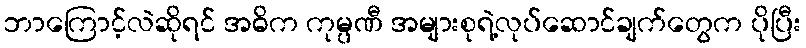
ဘာကြောင့်လဲဆိုရင် အဓိက ကုမ္ပဏီ အများစုရဲ့လုပ်ဆောင်ချက်တွေက ပိုပြီး